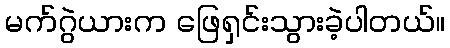
မက်ဂွဲယားက ဖြေရှင်းသွားခဲ့ပါတယ်။